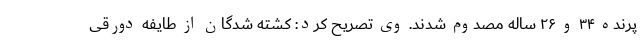
پرنده ۳۴ و ۲۶ ساله مصدوم شدند. وی تصریح کرد: کشته شدگان از طایفه دورقی